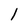
Character: 1